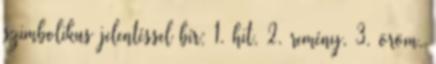
szimbolikus jelentéssel bír: 1. hit, 2. remény, 3. öröm,